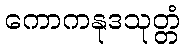
ကောကနုဒသုတ္တံ